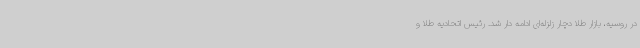
در روسیه، بازار طلا دچار زلزله‌ای ادامه دار شد. رئیس اتحادیه طلا و